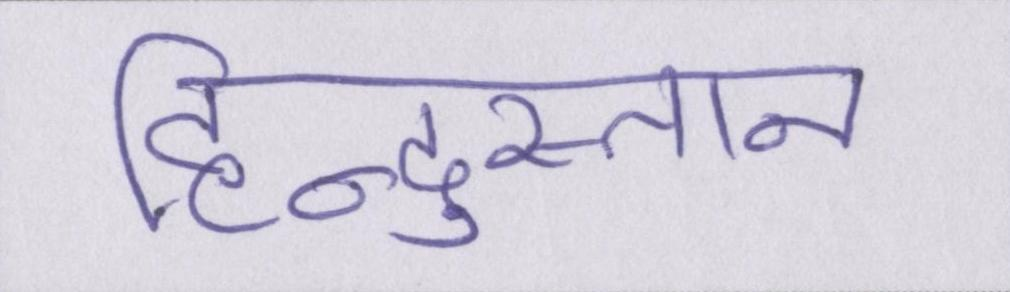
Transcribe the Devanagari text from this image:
हिन्दुस्तान